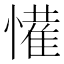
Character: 𭞹